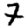
Digit: 7